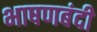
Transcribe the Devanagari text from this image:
भाषणबंदी